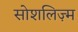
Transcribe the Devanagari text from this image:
सोशलिज़्म